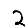
Digit: 2